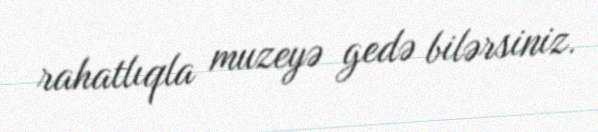
rahatlıqla muzeyə gedə bilərsiniz.